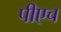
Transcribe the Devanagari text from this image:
पीएच